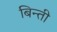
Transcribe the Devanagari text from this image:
बिन्ती